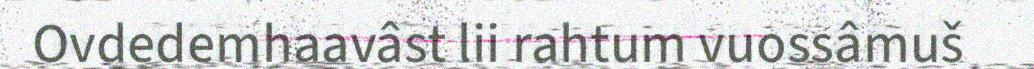
Ovdedemhaavâst lii rahtum vuossâmuš